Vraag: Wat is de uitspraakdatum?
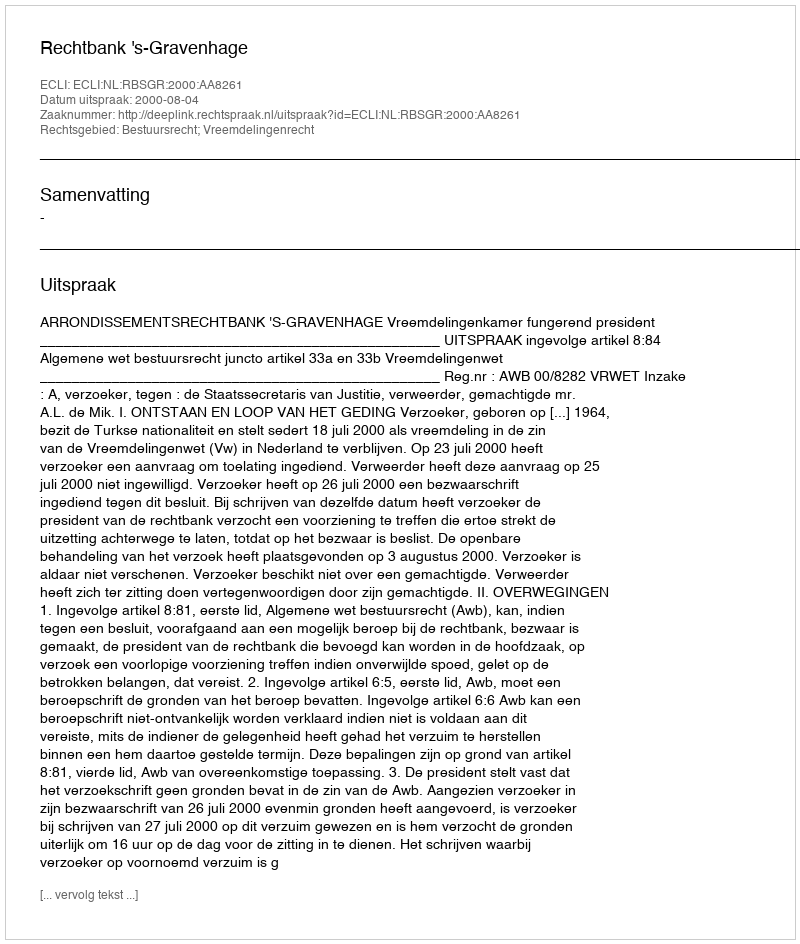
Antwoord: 2000-08-04